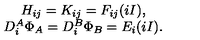
\begin{array} { c } { H _ { i j } = K _ { i j } = F _ { i j } ( i I ) , } \\ { D _ { i } ^ { A } \Phi _ { A } = D _ { i } ^ { B } \Phi _ { B } = E _ { i } ( i I ) . } \\ \end{array}